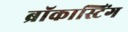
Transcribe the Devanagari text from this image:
ब्रॉकास्टिंग